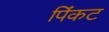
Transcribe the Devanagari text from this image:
पिंकट